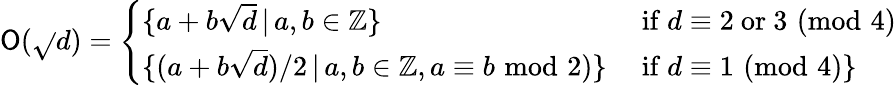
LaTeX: \mathsf{O}({\sqrt{}{{d}}})={\left\{ \begin{array}{ll}{\{ a+b{\sqrt{d}}\, |\, a,b\in\mathbb{Z}\} }&{{\mathrm{~if~}}d\equiv 2{\mathrm{~or~}}3\, \, (\mathrm{mod}\, \, 4)}\\ {\{ (a+b{\sqrt{d}})/2\, |\, a,b\in\mathbb{Z},a\equiv b\, \, \mathrm{mod}\, \, 2)\} }&{{\mathrm{~if~}}d\equiv 1\, \, (\mathrm{mod}\, \, 4)\} }\end{array}\right.}